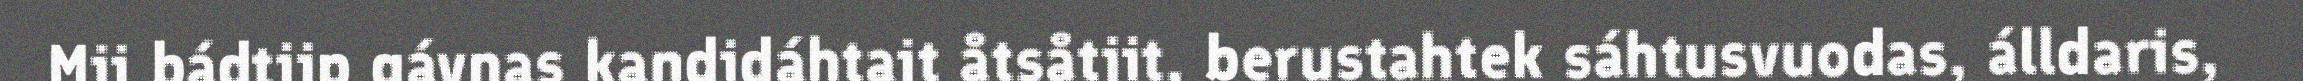
Mij bádtjip gávnas kandidáhtajt åtsåtjit, berustahtek sáhtusvuodas, álldaris,